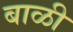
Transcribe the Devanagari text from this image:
बाळी